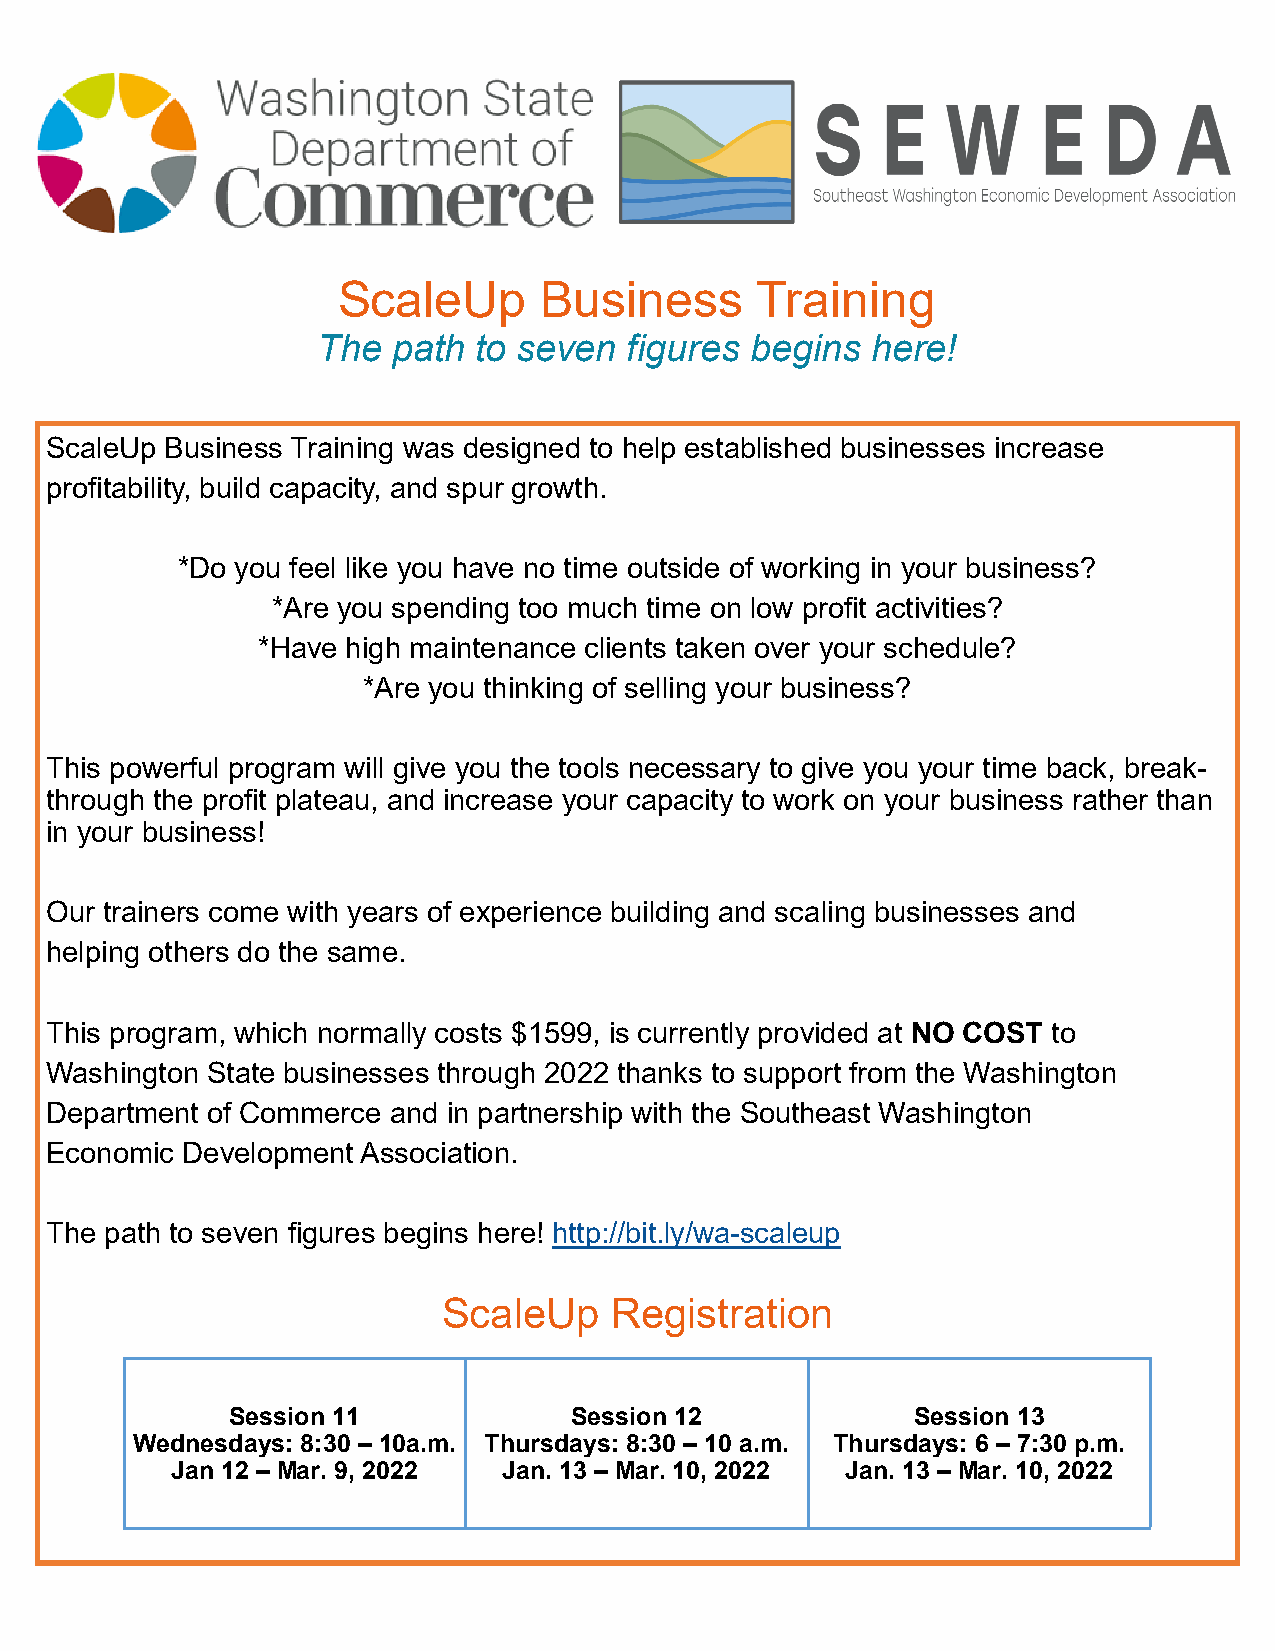
ScaleUp       Business      Training
 The  path to seven   figures begins  here!
 ScaleUp Business Training was designed to help established businesses increase
 profitability, build capacity, and spur growth.
 *Do you feel like you have no time outside of working in your business?
 *Are you spending too much time on low profit activities?
 *Have high maintenance clients taken over your schedule?
 *Are you thinking of selling your business?
 This powerful program will give you the tools necessary to give you your time back, break-
 through the profit plateau, and increase your capacity to work on your business rather than
 in your business!
 Our trainers come with years of experience building and scaling businesses and
 helping others do the same.
 This program, which normally costs $1599, is currently provided at NO COST to
 Washington State businesses through 2022 thanks to support from the Washington
 Department of Commerce and in partnership with the Southeast Washington
 Economic Development Association.
 The path to seven figures begins here! http://bit.ly/wa-scaleup
 ScaleUp    Registration
 Session 11             Session 12            Session 13
 Wednesdays: 8:30 – 10a.m. Thursdays: 8:30 – 10 a.m. Thursdays: 6 – 7:30 p.m.
 Jan 12 – Mar. 9, 2022 Jan. 13 – Mar. 10, 2022 Jan. 13 – Mar. 10, 2022